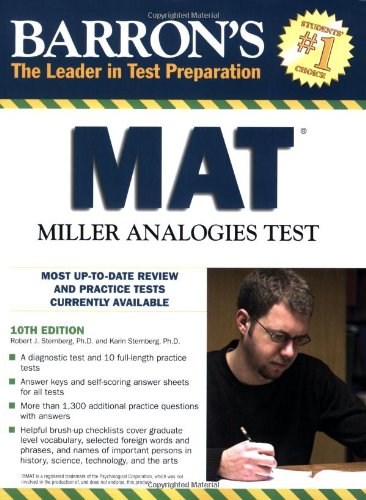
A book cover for Barron's MAT: Miller Analogies Test; Robert Sternberg; Test Preparation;